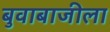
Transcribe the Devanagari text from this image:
बुवाबाजीला